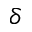
\delta